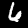
Digit: 6